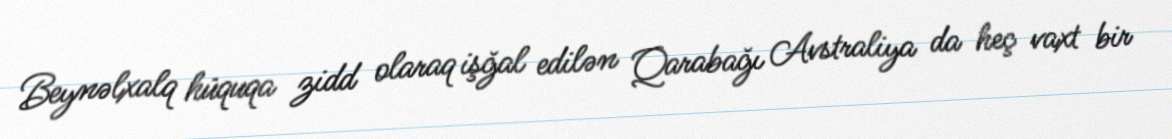
Beynəlxalq hüquqa zidd olaraq işğal edilən Qarabağı Avstraliya da heç vaxt bir